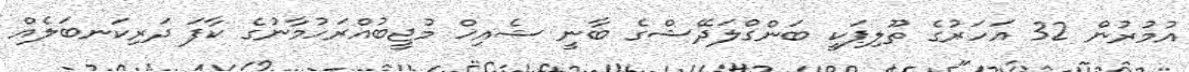
އުމުރުން 32 އަހަރުގެ ތޫލިޕަކީ ބަންގްލަދޭޝްގެ ބާނީ ޝެއިޚް މުޖީބުއްރަހުމާނުގެ ކާފަ ދަރިކަނބަލެއް